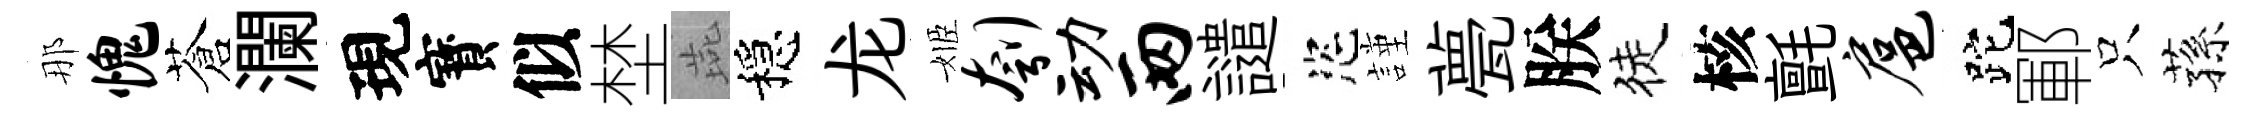
那愧蒼瀾現寳似埜燕穩龙姬刳动两譴恣謹甍朕徒核氈扈跎鄆只蓀